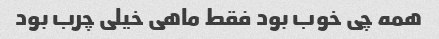
همه چی خوب بود فقط ماهی خیلی چرب بود